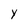
Character: Y